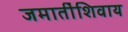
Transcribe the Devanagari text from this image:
जमातींशिवाय